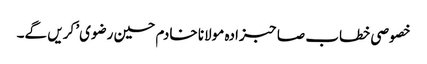
خصوصی خطاب صاحبزادہ مولانا خادم حسین رضوی’ کریں گے۔